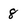
Character: 8